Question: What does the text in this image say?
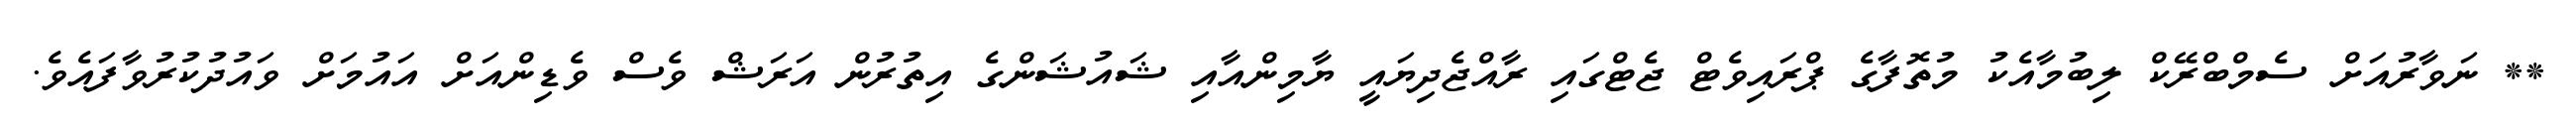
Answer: ** ނަވާރުއަށް ސެމްބްރޭކް ލިބުމާއެކު މުތޮފާގެ ޕްރައިވެޓް ޖެޓްގައި ރާއްޖެދިޔައީ ޔާމިންއާއި ޝައުޝަންގެ އިތުރުން އަރަޝް ވެސް ވެޑިންއަށް އައުމަށް ވައުދުކުރުވާފައެވެ.